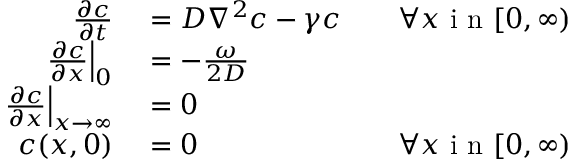
\begin{array} { r l r } { \frac { \partial c } { \partial t } } & { { } = D \nabla ^ { 2 } c - \gamma c } & { \quad \forall x \mathrm { ~ i ~ n ~ } [ 0 , \infty ) } \\ { \left. \frac { \partial c } { \partial x } \right| _ { 0 } } & { { } = - \frac { \omega } { 2 D } } \\ { \left. \frac { \partial c } { \partial x } \right| _ { x \rightarrow \infty } } & { { } = 0 } \\ { c ( x , 0 ) } & { { } = 0 } & { \forall x \mathrm { ~ i ~ n ~ } [ 0 , \infty ) } \end{array}